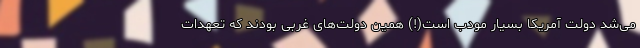
می‌شد دولت آمریکا بسیار مودب است(!) همین دولت‌های غربی بودند که تعهدات